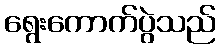
ရွေးကောက်ပွဲသည်